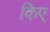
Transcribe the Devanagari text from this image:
किए